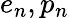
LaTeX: e_{n},p_{n}